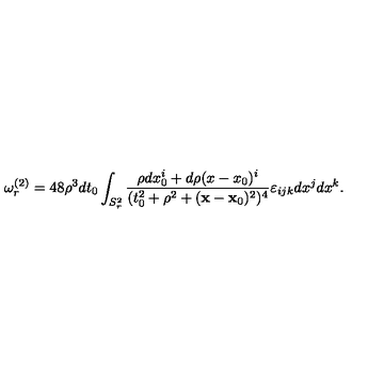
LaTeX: \omega _ { r } ^ { ( 2 ) } = 4 8 \rho ^ { 3 } d t _ { 0 } \int _ { S _ { r } ^ { 2 } } { \frac { \rho d x _ { 0 } ^ { i } + d \rho ( x - x _ { 0 } ) ^ { i } } { ( t _ { 0 } ^ { 2 } + \rho ^ { 2 } + ( { \bf x } - { \bf x } _ { 0 } ) ^ { 2 } ) ^ { 4 } } } \varepsilon _ { i j k } d x ^ { j } d x ^ { k } .